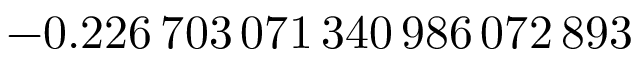
- 0 . 2 2 6 \, 7 0 3 \, 0 7 1 \, 3 4 0 \, 9 8 6 \, 0 7 2 \, 8 9 3